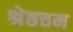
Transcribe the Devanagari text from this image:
श्रेष्ठत्तम